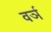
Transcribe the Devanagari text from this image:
वर्ञ